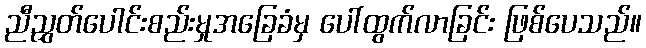
ညီညွှတ်ပေါင်းစည်းမှုအခြေခံမှ ပေါ်ထွက်လာခြင်း ဖြစ်ပေသည်။